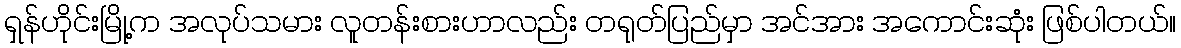
ရှန်ဟိုင်းမြို့က အလုပ်သမား လူတန်းစားဟာလည်း တရုတ်ပြည်မှာ အင်အား အကောင်းဆုံး ဖြစ်ပါတယ်။